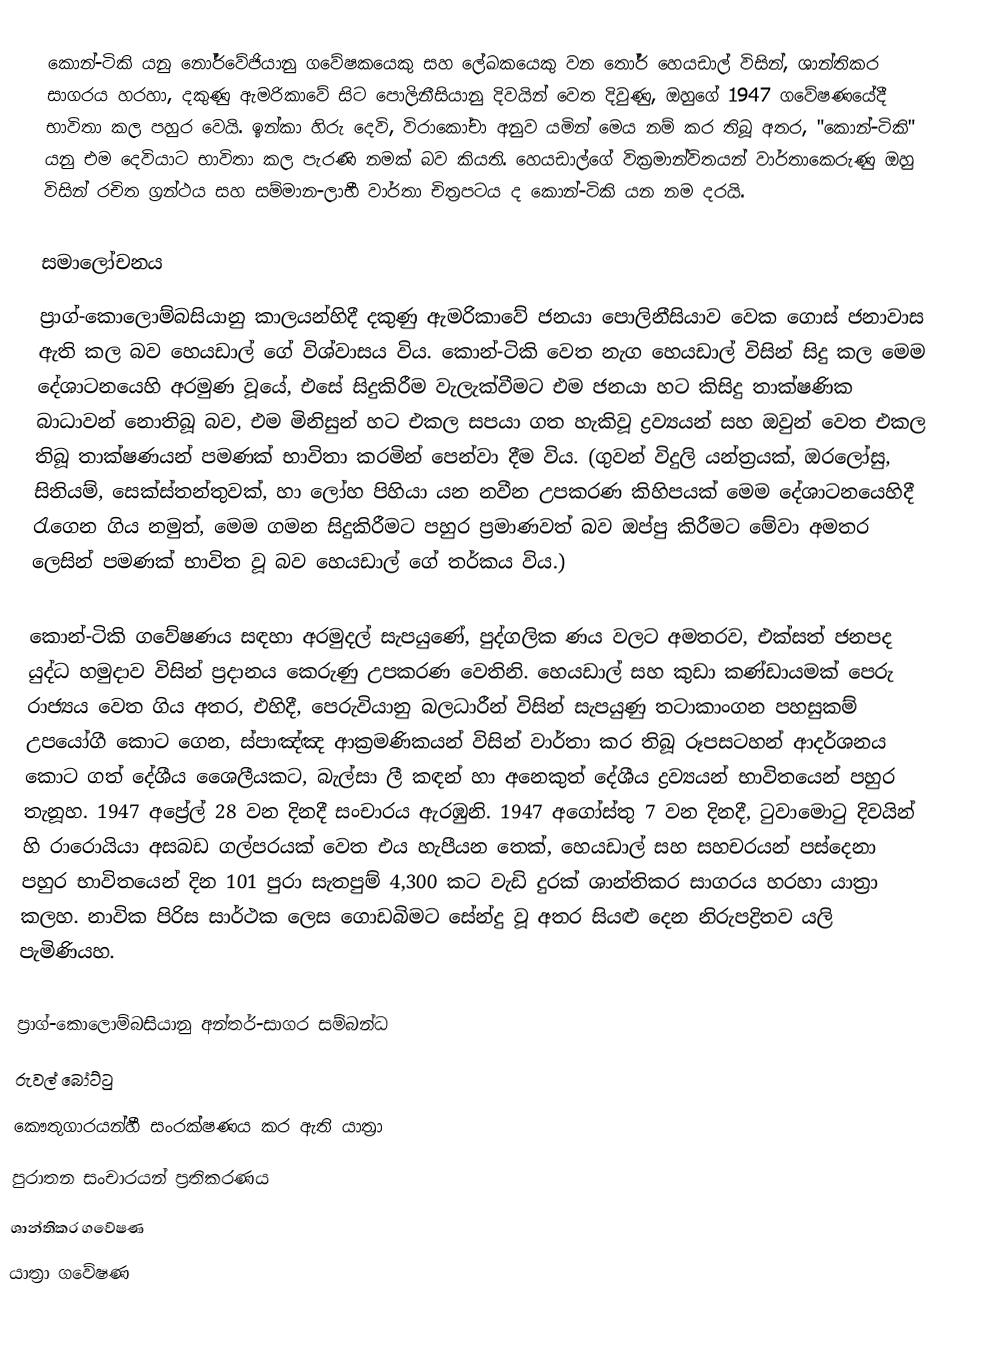
කොන්-ටිකි යනු  නෝර්වේජියානු ගවේෂකයෙකු  සහ ලේඛකයෙකු වන තෝර් හෙයඩාල් විසින්,  ශාන්තිකර සාගරය හරහා, දකුණු ඇමරිකාවේ සිට පොලිනීසියානු දිවයින් වෙත දිවුණු,  ඔහුගේ 1947 ගවේෂණයේදී භාවිතා කල පහුර වෙයි. ඉන්කා හිරු දෙවි, විරාකෝචා අනුව යමින් මෙය නම් කර තිබූ අතර, "කොන්-ටිකි" යනු එම දෙවියාට භාවිතා කල පැරණි නමක් බව කියති. හෙයඩාල්ගේ වික්‍රමාන්විතයන් වාර්තාකෙරුණු ඔහු විසින් රචිත ග්‍රන්ථය සහ සම්මාන-ලාභී වාර්තා චිත්‍රපටය ද කොන්-ටිකි යන නම දරයි.

සමාලෝචනය
ප්‍රාග්-කොලොම්බසියානු කාලයන්හිදී දකුණු ඇමරිකාවේ ජනයා පොලිනීසියාව වෙක ගොස් ජනාවාස ඇති කල බව හෙයඩාල් ගේ විශ්වාසය විය. කොන්-ටිකි වෙත නැග හෙයඩාල් විසින් සිදු කල මෙම දේශාටනයෙහි අරමුණ වූයේ, එසේ සිදුකිරීම වැලැක්වීමට එම ජනයා හට කිසිදු තාක්ෂණික බාධාවන් නොතිබූ බව, එම මිනිසුන් හට එකල සපයා ගත හැකිවූ ද්‍රව්‍යයන් සහ ඔවුන් වෙත එකල තිබූ තාක්ෂණයන් පමණක් භාවිතා කරමින් පෙන්වා දීම  විය. (ගුවන් විදුලි යන්ත්‍රයක්, ඔරලෝසු, සිතියම්, සෙක්ස්තන්තුවක්, හා ලෝහ පිහියා යන නවීන උපකරණ කිහිපයක් මෙම දේශාටනයෙහිදී රැගෙන ගිය නමුත්, මෙම ගමන සිදුකිරීමට  පහුර ප්‍රමාණවත් බව ඔප්පු කිරීමට මේවා අමතර ලෙසින් පමණක් භාවිත වූ බව හෙයඩාල් ගේ තර්කය විය.)

කොන්-ටිකි ගවේෂණය සඳහා අරමුදල් සැපයුණේ, පුද්ගලික ණය වලට අමතරව, එක්සත් ජනපද යුද්ධ හමුදාව විසින් ප්‍රදානය කෙරුණු උපකරණ වෙතිනි.  හෙයඩාල් සහ කුඩා කණ්ඩායමක් පෙරු රාජ්‍යය වෙත ගිය අතර, එහිදී, පෙරුවියානු බලධාරීන් විසින් සැපයුණු තටාකාංගන පහසුකම් උපයෝගී කොට ගෙන, ස්පාඤ්ඤ ආක්‍රමණික‍යන්  විසින් වාර්තා කර තිබූ රූපසටහන් ආදර්ශනය කොට ගත් දේශීය ශෛලීයකට, බැල්සා ලී කඳන් හා අනෙකුත් දේශීය ද්‍රව්‍යයන් භා‍විතයෙන් පහුර තැනූහ. 1947 අප්‍රේල් 28 වන දිනදී සංචාරය ඇරඹුනි. 1947 අගෝස්තු 7 වන දිනදී,  ටුවාමොටු දිවයින් හි රාරොයියා අසබඩ ගල්පරයක් වෙත එය හැපීයන තෙක්,  හෙයඩාල් සහ සහචරයන් පස්දෙනා පහුර භාවිතයෙන් දින  101 පුරා  සැතපුම් 4,300 කට වැඩි දුරක් ශාන්තිකර සාගරය හරහා ‍යාත්‍රා කලහ. නාවික පිරිස සාර්ථක ලෙස ගොඩබිමට සේන්දු වූ අතර සියළු දෙන නිරුපද්‍රිතව යලි පැමිණියහ.

ප්‍රාග්-කොලොම්බසියානු අන්තර්-සාගර සම්බන්ධ
රුවල් බෝට්ටු
කෞතුගාරයන්හී සංරක්ෂණය කර ඇති යාත්‍රා
පුරාතන සංචාරයන් ප්‍රතිකරණය
ශාන්තිකර ගවේෂණ
යාත්‍රා ගවේෂණ